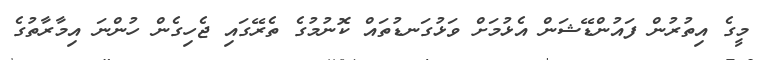
މީގެ އިތުރުން ފައުންޑޭޝަން އެޅުމަށް ވަޅުގަނޑުތައް ކޮނުމުގެ ތެރޭގައި ޖެހިގެން ހުންނަ އިމާރާތުގެ